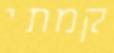
קמתי